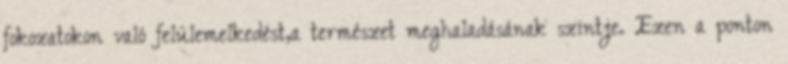
fokozatokon való felülemelkedést,a természet meghaladásának szintje. Ezen a ponton